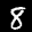
Label: 8